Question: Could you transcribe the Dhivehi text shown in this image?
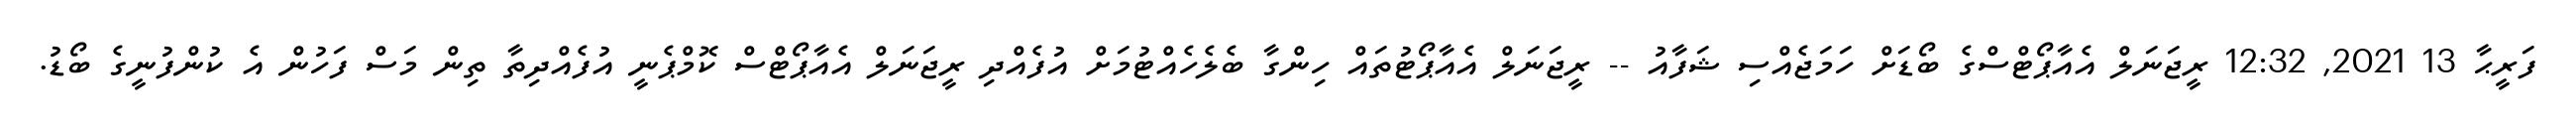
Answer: ފަރީޙާ 13 2021, 12:32 ރީޖަނަލް އެއާޕޯޓްސްގެ ބޯޑަށް ހަމަޖެއްސި ޝަފާއު -- ރީޖަނަލް އެއާޕޯޓުތައް ހިންގާ ބެލެހެއްޓުމަށް އުފެއްދި ރީޖަނަލް އެއާޕޯޓްސް ކޮމްޕެނީ އުފެއްދިތާ ތިން މަސް ފަހުން އެ ކުންފުނީގެ ބޯޑު.